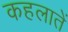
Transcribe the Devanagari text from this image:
कहलातें